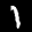
Label: 1